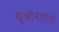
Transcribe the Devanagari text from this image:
बुओनार्रोती